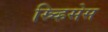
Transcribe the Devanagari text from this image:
स्र्व्हिसेस